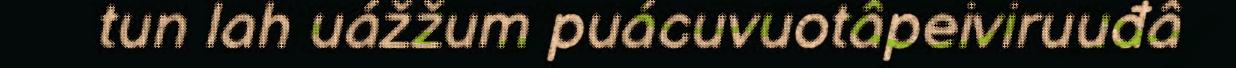
tun lah uážžum puácuvuotâpeiviruuđâ